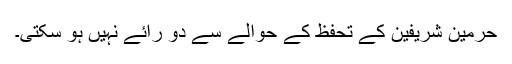
حرمین شریفین کے تحفظ کے حوالے سے دو رائے نہیں ہو سکتی۔